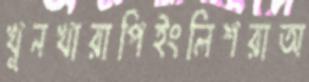
খুনখারাপিইংলিশরাঅ